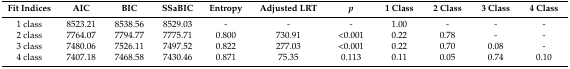
<table><thead><tr><td><b>Fit Indices</b></td><td><b>AIC</b></td><td><b>BIC</b></td><td><b>SSaBIC</b></td><td><b>Entropy</b></td><td><b>Adjusted LRT</b></td><td><b><i>p</i></b></td><td><b>1 Class</b></td><td><b>2 Class</b></td><td><b>3 Class</b></td><td><b>4 Class</b></td></tr></thead><tbody><tr><td>1 class</td><td>8523.21</td><td>8538.56</td><td>8529.03</td><td>-</td><td>-</td><td>-</td><td>1.00</td><td>-</td><td>-</td><td>-</td></tr><tr><td>2 class</td><td>7764.07</td><td>7794.77</td><td>7775.71</td><td>0.800</td><td>730.91</td><td>&lt;0.001</td><td>0.22</td><td>0.78</td><td>-</td><td>-</td></tr><tr><td>3 class </td><td>7480.06</td><td>7526.11</td><td>7497.52</td><td>0.822</td><td>277.03</td><td>&lt;0.001</td><td>0.22</td><td>0.70</td><td>0.08</td><td>-</td></tr><tr><td>4 class </td><td>7407.18</td><td>7468.58</td><td>7430.46</td><td>0.871</td><td>75.35</td><td>0.113</td><td>0.11</td><td>0.05</td><td>0.74</td><td>0.10</td></tr></tbody></table>